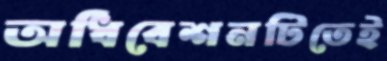
অধিবেশনটিতেই